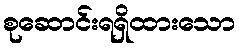
စုဆောင်းရရှိထားသော